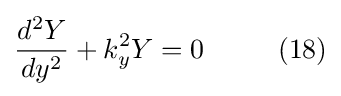
{\frac {d^{2}Y}{dy^{2}}}+k_{y}^{2}Y=0\ \ \ \ \ \ \ \ (18)